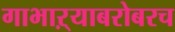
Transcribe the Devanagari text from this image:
गाभाऱ्याबरोबरच